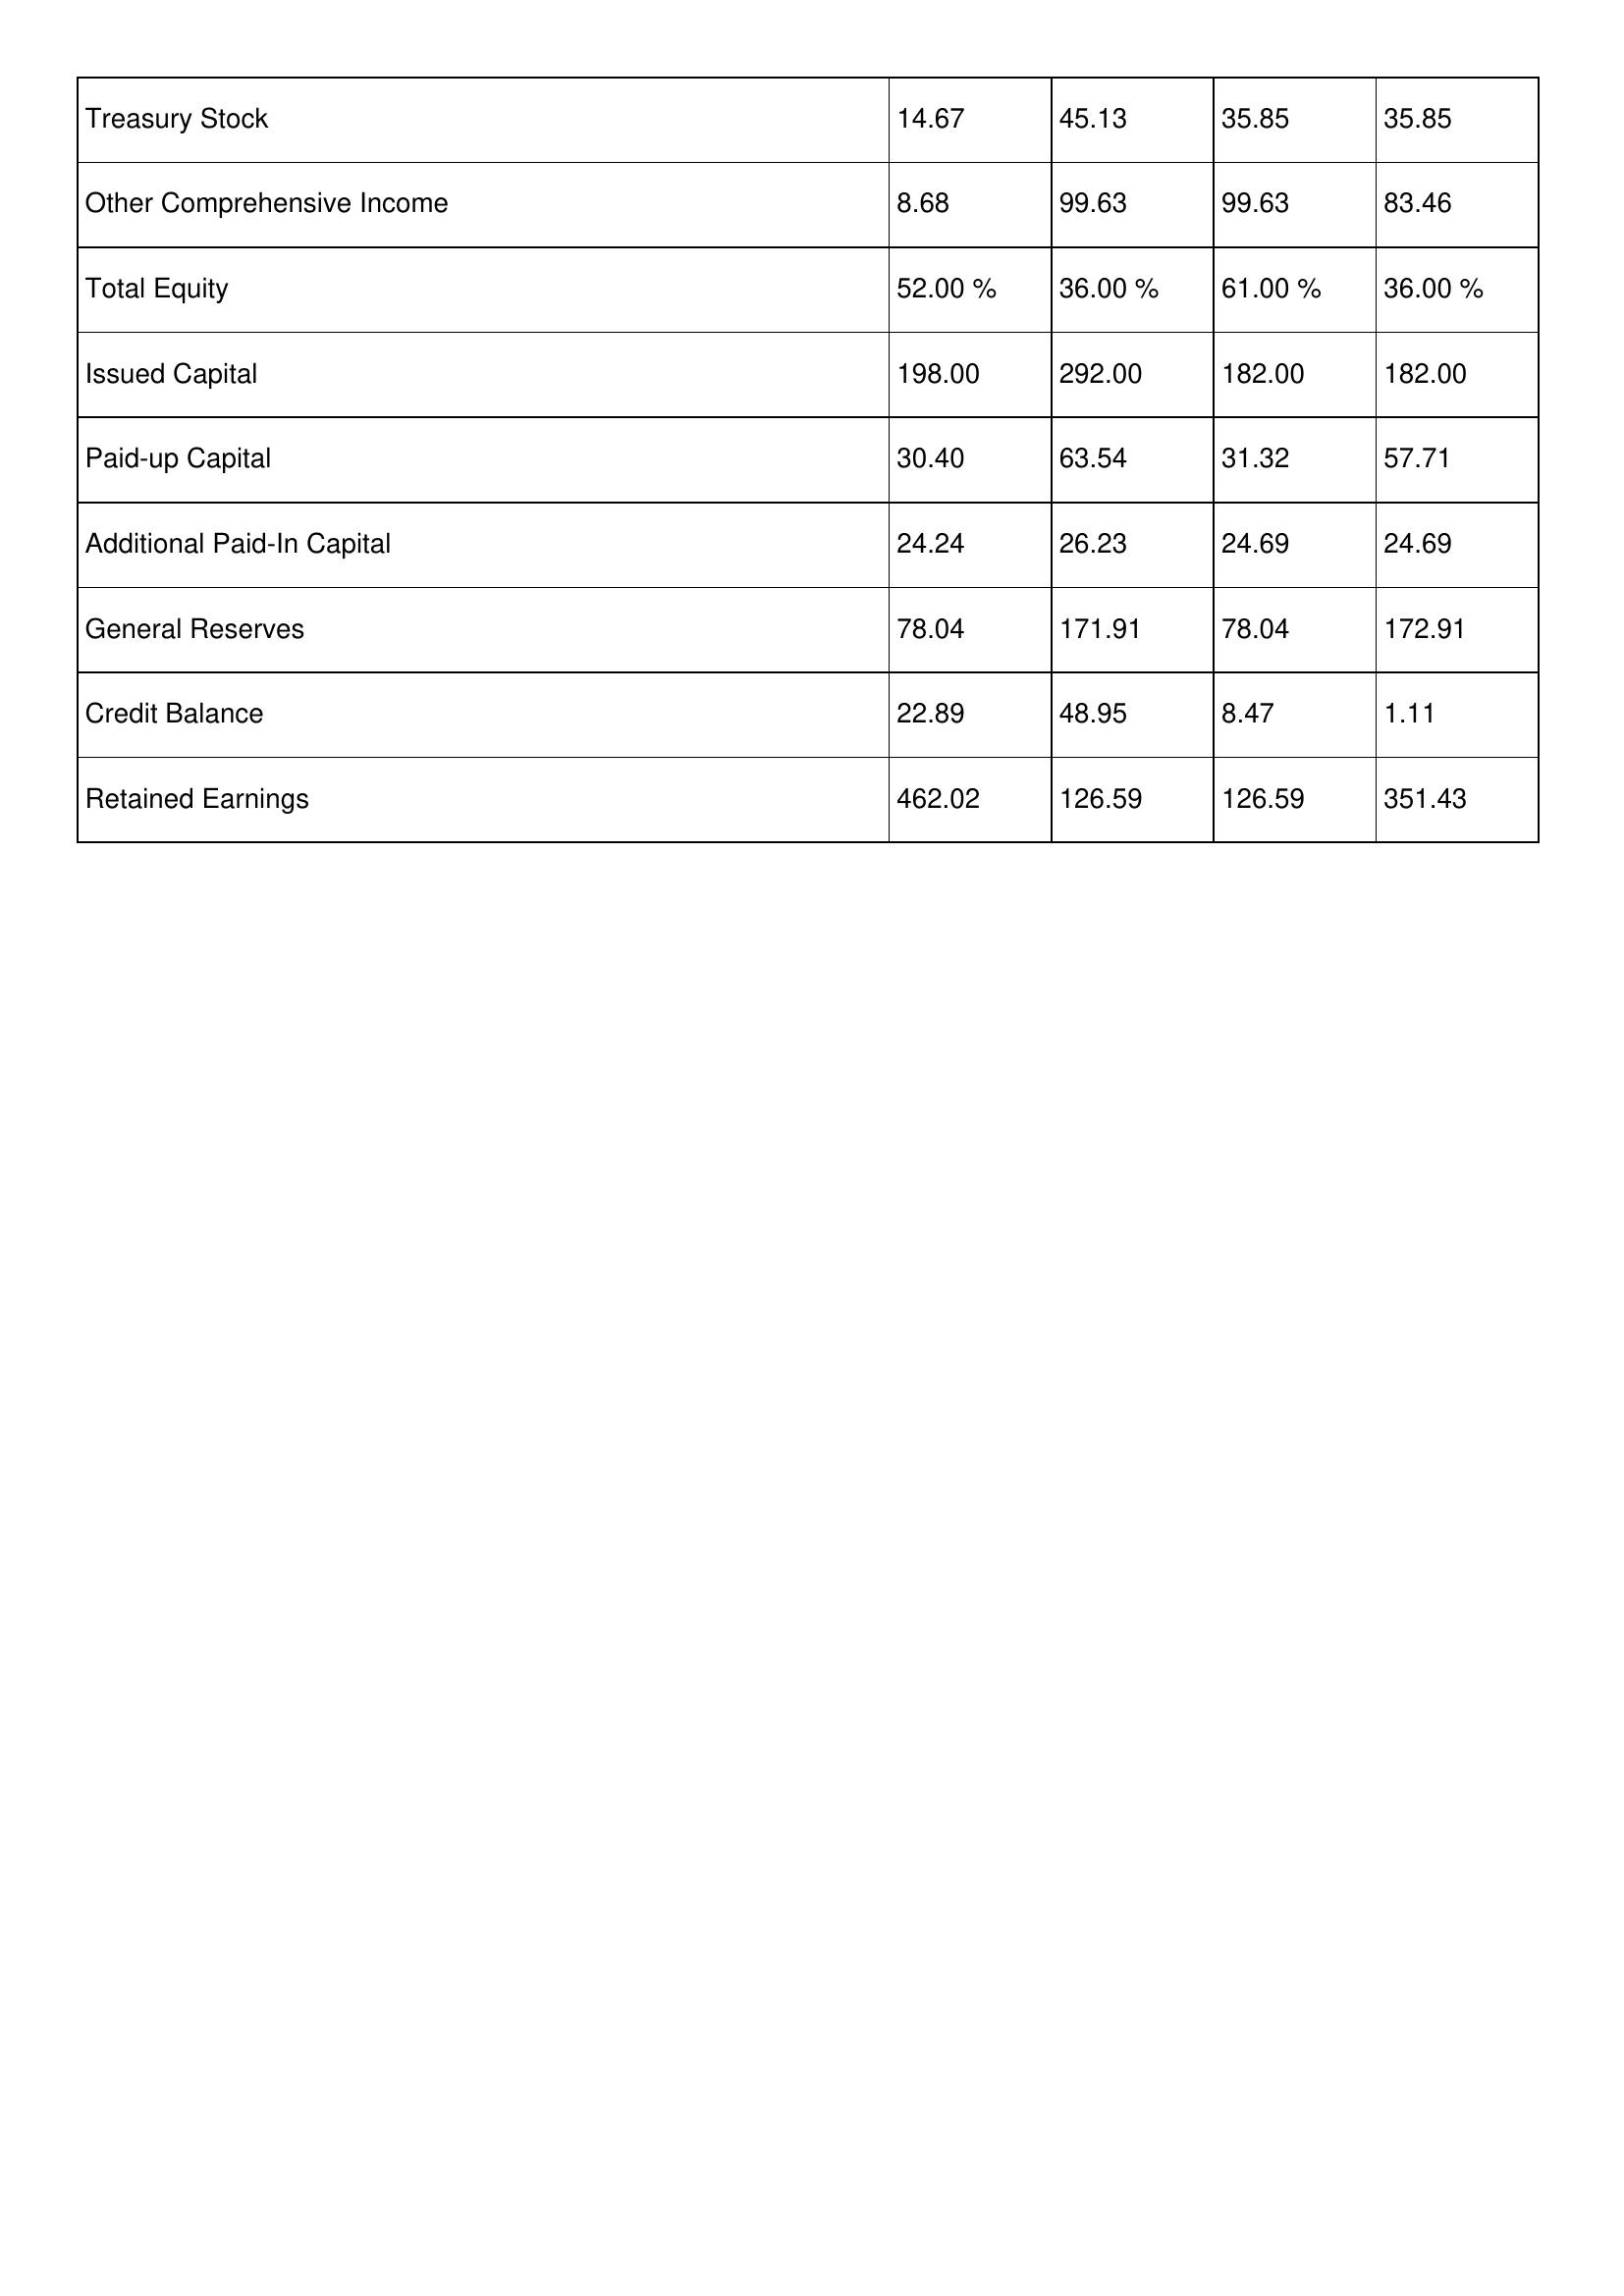
gt_parse: 1996: Treasury Stock: 14.67
Other Comprehensive Income: 8.68
Total Equity: 52.00 %
Issued Capital: 198.00
Paid-up Capital: 30.40
Additional Paid-In Capital: 24.24
General Reserves: 78.04
Credit Balance: 22.89
Retained Earnings: 462.02
1995: Treasury Stock: 45.13
Other Comprehensive Income: 99.63
Total Equity: 36.00 %
Issued Capital: 292.00
Paid-up Capital: 63.54
Additional Paid-In Capital: 26.23
General Reserves: 171.91
Credit Balance: 48.95
Retained Earnings: 126.59
1994: Treasury Stock: 35.85
Other Comprehensive Income: 99.63
Total Equity: 61.00 %
Issued Capital: 182.00
Paid-up Capital: 31.32
Additional Paid-In Capital: 24.69
General Reserves: 78.04
Credit Balance: 8.47
Retained Earnings: 126.59
1993: Treasury Stock: 35.85
Other Comprehensive Income: 83.46
Total Equity: 36.00 %
Issued Capital: 182.00
Paid-up Capital: 57.71
Additional Paid-In Capital: 24.69
General Reserves: 172.91
Credit Balance: 1.11
Retained Earnings: 351.43